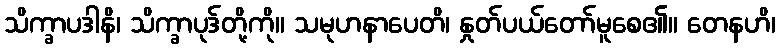
သိက္ခာပဒါနိ၊ သိက္ခာပုဒ်တို့ကို။ သမုဟနာပေတိ၊ နှုတ်ပယ်တော်မူစေ၏။ တေနဟိ၊